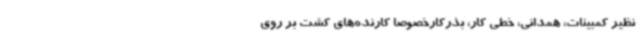
نظیر کمبینات، همدانی، خطی کار، بذرکارخصوصا کارنده‌های کشت بر روی